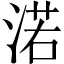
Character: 渃